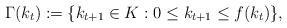
LaTeX: \begin{align*}\Gamma(k_t):=\{k_{t+1} \in K: 0 \leq k_{t+1} \leq f(k_t)\},\end{align*}